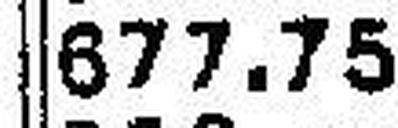
677.75